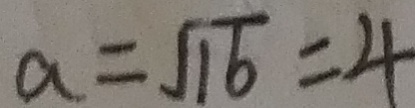
a = \sqrt { 1 6 } = 4